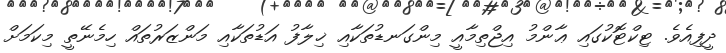
ދީފިއެވެ. ޓިކްޓޮކުގައި ޢާންމު އިޖްތިމާއީ މިންގަނޑުތަކާއި ޚިލާފު އަޑުތަކާއި މަންޒަރުތައް ހިމެނޭތީ މިކަމަށް